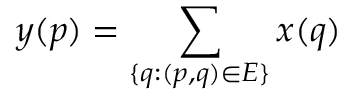
y ( p ) = \sum _ { \{ q : ( p , q ) \in E \} } x ( q )